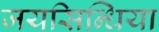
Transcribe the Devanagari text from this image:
जयसिन्धिया